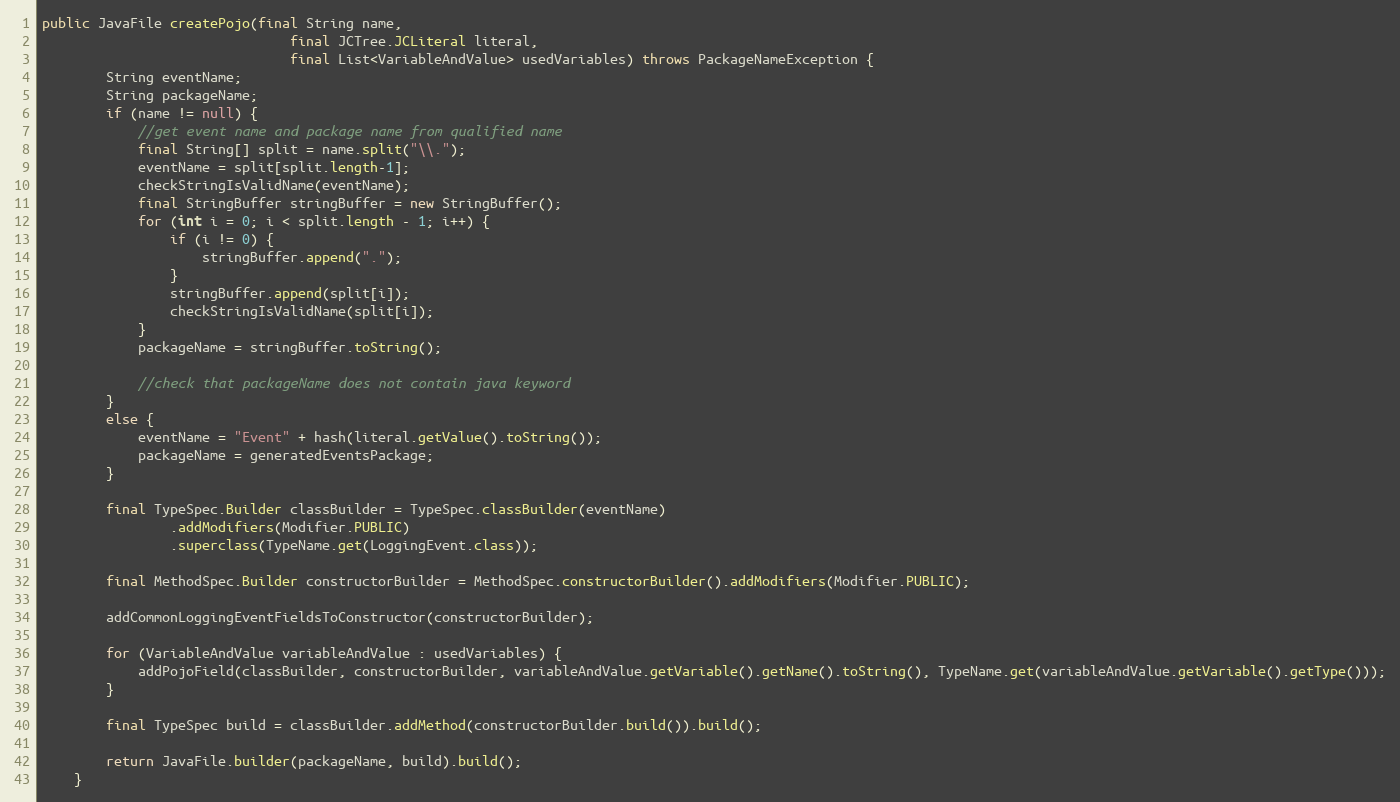
Language: Java
public JavaFile createPojo(final String name,
                               final JCTree.JCLiteral literal,
                               final List<VariableAndValue> usedVariables) throws PackageNameException {
        String eventName;
        String packageName;
        if (name != null) {
            //get event name and package name from qualified name
            final String[] split = name.split("\\.");
            eventName = split[split.length-1];
            checkStringIsValidName(eventName);
            final StringBuffer stringBuffer = new StringBuffer();
            for (int i = 0; i < split.length - 1; i++) {
                if (i != 0) {
                    stringBuffer.append(".");
                }
                stringBuffer.append(split[i]);
                checkStringIsValidName(split[i]);
            }
            packageName = stringBuffer.toString();

            //check that packageName does not contain java keyword
        }
        else {
            eventName = "Event" + hash(literal.getValue().toString());
            packageName = generatedEventsPackage;
        }

        final TypeSpec.Builder classBuilder = TypeSpec.classBuilder(eventName)
                .addModifiers(Modifier.PUBLIC)
                .superclass(TypeName.get(LoggingEvent.class));

        final MethodSpec.Builder constructorBuilder = MethodSpec.constructorBuilder().addModifiers(Modifier.PUBLIC);

        addCommonLoggingEventFieldsToConstructor(constructorBuilder);

        for (VariableAndValue variableAndValue : usedVariables) {
            addPojoField(classBuilder, constructorBuilder, variableAndValue.getVariable().getName().toString(), TypeName.get(variableAndValue.getVariable().getType()));
        }

        final TypeSpec build = classBuilder.addMethod(constructorBuilder.build()).build();

        return JavaFile.builder(packageName, build).build();
    }